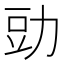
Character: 𮷋